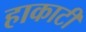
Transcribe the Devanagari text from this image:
हाकाटी